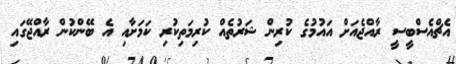
އެޗްއެސްބީސީ ރާއްޖެއަށް އައުމުގެ ކުރިން ޝަރުތެއް ކުރިމަތިކުރި ކަމަށާއި އެ ބޭންކުން ރާއްޖޭގައި